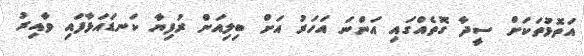
އަތޮޅުތަކަށް ސީދާ ގޮތެއްގައި އަންނަ އަހަރު އަށް ބިލިއަން ރުފިޔާ ކަނޑައަޅާފައި ވާއިރު